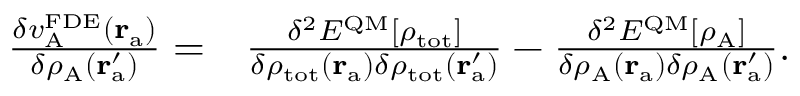
\begin{array} { r l } { \frac { \delta v _ { \mathrm { A } } ^ { \mathrm { F D E } } ( \mathbf { r } _ { \mathrm { a } } ) } { \delta \rho _ { \mathrm { A } } ( \mathbf { r } _ { \mathrm { a } } ^ { \prime } ) } = } & { \frac { \delta ^ { 2 } E ^ { \mathrm { Q M } } [ \rho _ { \mathrm { t o t } } ] } { \delta \rho _ { \mathrm { t o t } } ( \mathbf { r } _ { \mathrm { a } } ) \delta \rho _ { \mathrm { t o t } } ( \mathbf { r } _ { \mathrm { a } } ^ { \prime } ) } - \frac { \delta ^ { 2 } E ^ { \mathrm { Q M } } [ \rho _ { \mathrm { A } } ] } { \delta \rho _ { \mathrm { A } } ( \mathbf { r } _ { \mathrm { a } } ) \delta \rho _ { \mathrm { A } } ( \mathbf { r } _ { \mathrm { a } } ^ { \prime } ) } . } \end{array}